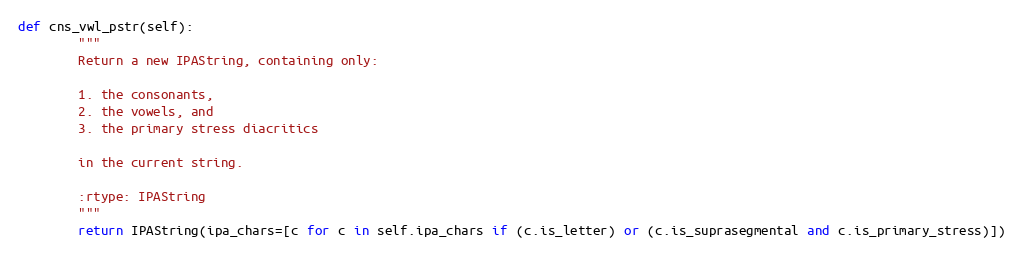
Language: Python
def cns_vwl_pstr(self):
        """
        Return a new IPAString, containing only:

        1. the consonants,
        2. the vowels, and
        3. the primary stress diacritics

        in the current string.

        :rtype: IPAString
        """
        return IPAString(ipa_chars=[c for c in self.ipa_chars if (c.is_letter) or (c.is_suprasegmental and c.is_primary_stress)])